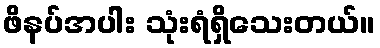
ဖိနပ်အပါး သုံးရံရှိသေးတယ်။